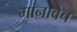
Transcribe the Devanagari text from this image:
मानावेच